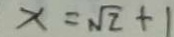
x = \sqrt { 2 } + 1